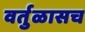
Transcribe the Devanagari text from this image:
वर्तुळासच